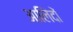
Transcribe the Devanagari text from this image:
आलिंदों